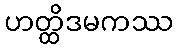
ဟတ္ထိဒမကဿ